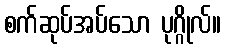
စက်ဆုပ်အပ်သော ပုဂ္ဂိုလ်။